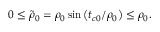
0 \leq \tilde { \rho } _ { 0 } = \rho _ { 0 } \sin \left( t _ { c 0 } / \rho _ { 0 } \right) \leq \rho _ { 0 } .